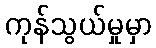
ကုန်သွယ်မှုမှာ